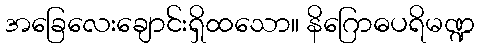
အခြေလေးချောင်းရှိထသော။ နိဂြောဓပရိမဏ္ဍ